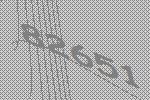
82651